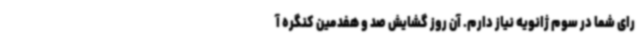
رای شما در سوم ژانویه نیاز دارم. آن روز گشایش صد و هفدمین کنگره آ